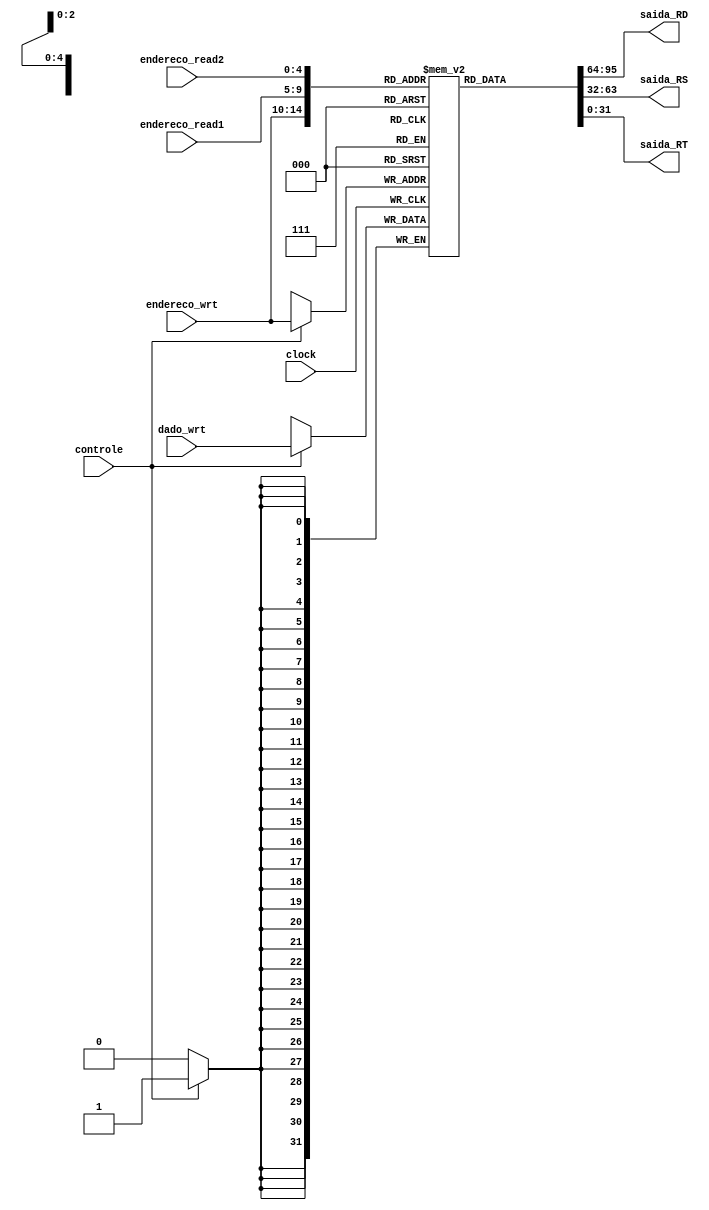
module bancoRegistradores (endereco_read1, endereco_read2, endereco_wrt, dado_wrt, saida_RD, saida_RS, saida_RT, controle /* Controle de Escrita */, clock);
	
	// input
	input [4:0] endereco_read1;
	input [4:0] endereco_read2;
	input [4:0] endereco_wrt;
	input [31:0] dado_wrt;
	input clock, controle;

	// registradores
	reg [31:0] registradores_banco[31:0];
	
	// output
	output [31:0] saida_RD;
	output [31:0] saida_RS;
	output [31:0] saida_RT;

	
	always @ (posedge clock) begin
		
		if(controle == 1) registradores_banco[endereco_wrt] = dado_wrt;
	end
	
	// Resultados Saidas
	assign saida_RD = registradores_banco[endereco_wrt];
	assign saida_RS = registradores_banco[endereco_read1];
	assign saida_RT = registradores_banco[endereco_read2];
endmodule